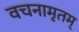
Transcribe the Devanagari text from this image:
वचनामृतम्